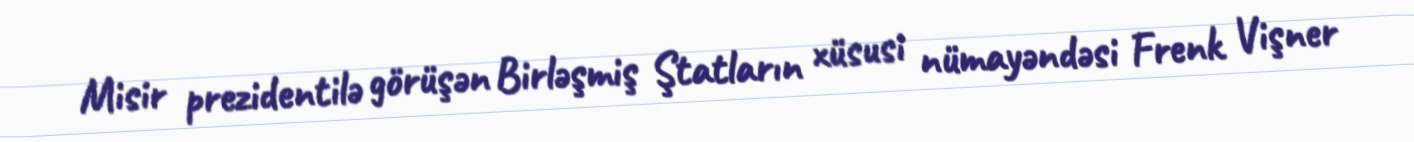
Misir prezidentilə görüşən Birləşmiş Ştatların xüsusi nümayəndəsi Frenk Vişner